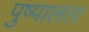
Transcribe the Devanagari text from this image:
पुष्पालता